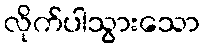
လိုက်ပါသွားသော